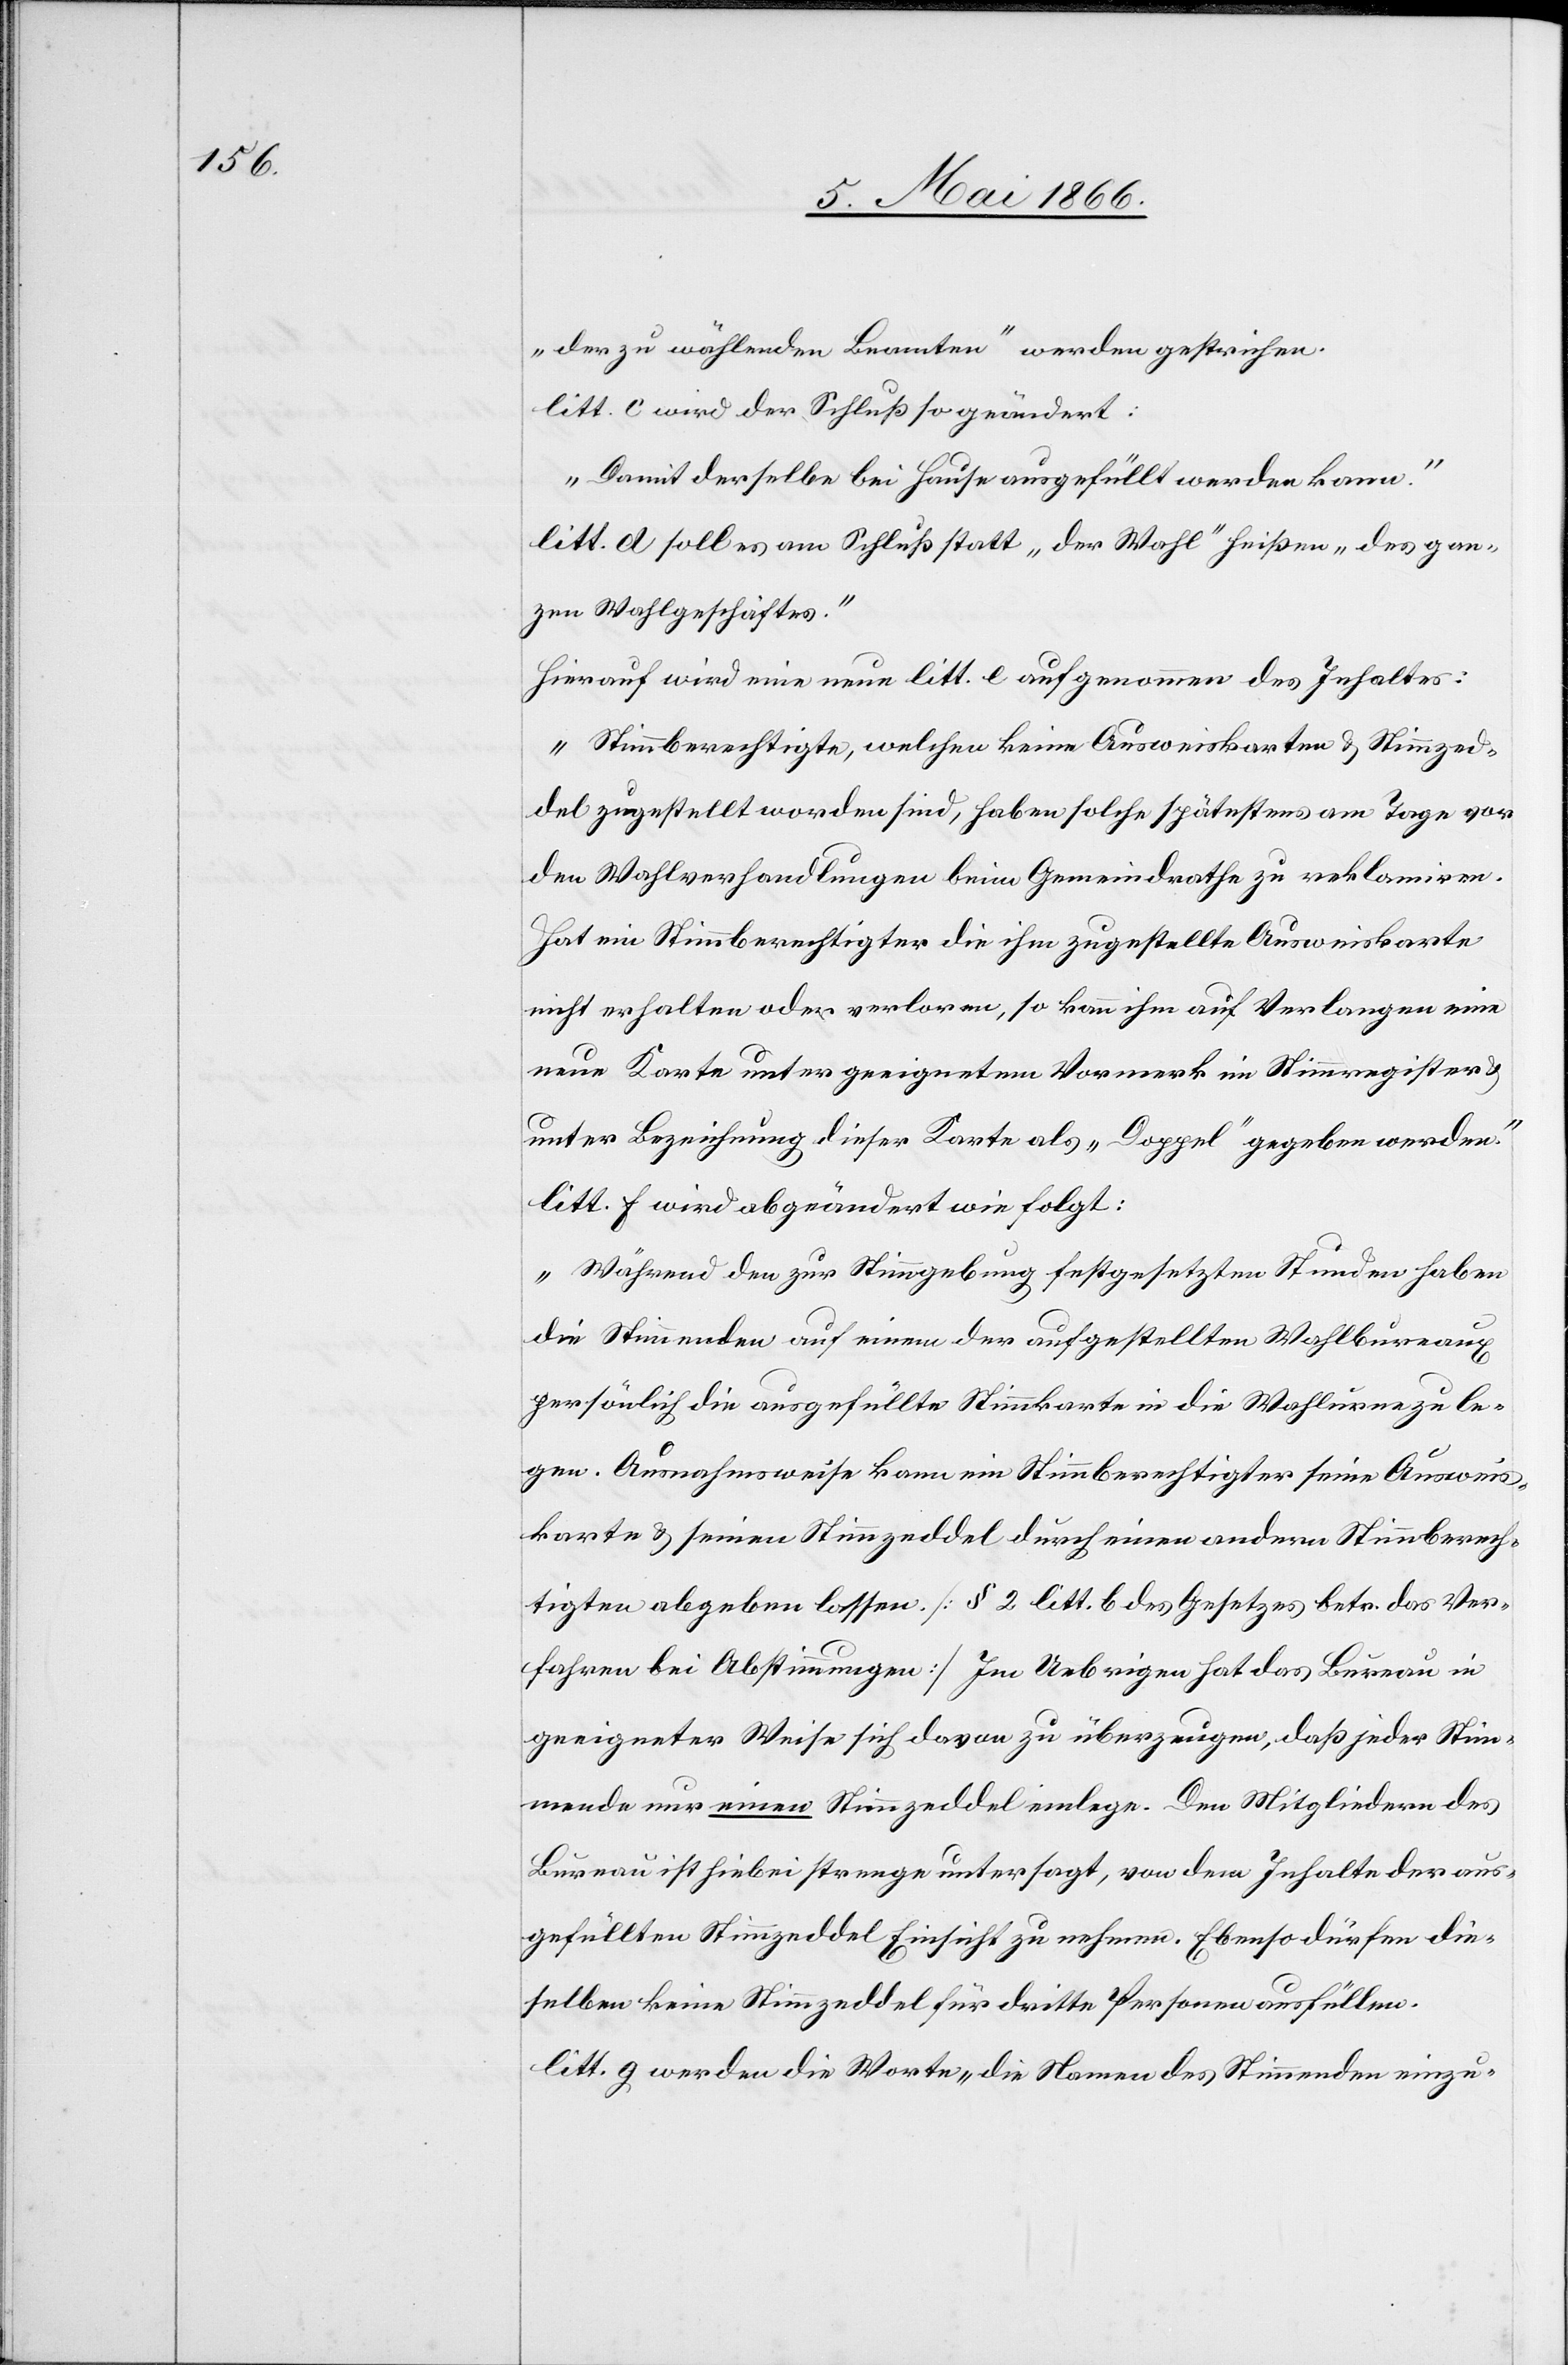
„der zu wählenden Beamten“ werden gestrichen.
litt. c wird der Schluß so geändert:
„Damit derselben bei Hause ausgefüllt werden kann.“
litt. d soll es am Schluß statt „der Wahl“ heißen „des gan¬
zen Wahlgeschäftes.“
Hierauf wird eine neue litt. e aufgenommen des Inhaltes:
„Stimmberechtigte, welchen keine Ausweiskarten u. Stimmzed¬
del zugestellt worden sind, haben solche spätestens am Tage vor
den Wahlverhandlungen beim Gemeindrathe zu reklamiren.
Hat ein Stimmberechtigter die ihm zugestellte Ausweiskarte
nicht erhalten oder verloren, so kann ihm auf Verlangen eine
neue Karte unter geeignetem Vormerk im Stimmregister
unter Bezeichnung dieser Karte als „Doppel“ gegeben werden.“
litt. f wird abgeändert wie folgt:
„Während den zur Stimmgebung festgesetzten Stunden haben
die Stimmenden auf einen der aufgestellten Wahlbureaux
persönlich die ausgefüllte Stimmkarte in die Wahlurne zu le¬
gen. Ausnahmsweise kann ein Stimmberechtigter seine Ausweis¬
karte u. seinen Stimmzeddel durch einen andern Stimmberech¬
tigten abgeben lassen. [§ 2 litt. b des Gesetzes betr. das Ver¬
fahren bei Abstimmungen] Im Uebrigen hat das Bureau in
geeigneter Weise sich davon zu überzeugen, daß jeder Stim¬
mende nur einen Stimmzeddel einlege. Den Mitgliedern des
Bureau ist hiebei strenge untersagt, von dem Inhalte der aus¬
gefüllten Stimmzeddel Einsicht zu nehmen. Ebenso dürfen die¬
selben keine Stimmzeddel für dritte Personen ausfüllen.[“]
litt. g werden die Worte „die Namen des Stimmenden einzu-